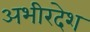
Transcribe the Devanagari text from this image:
अभीरदेश